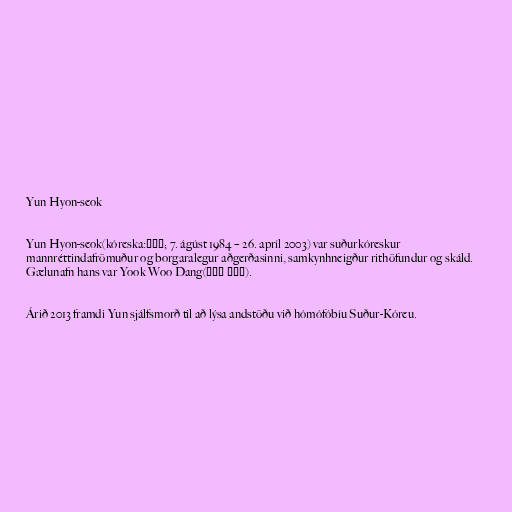
Yun Hyon-seok

Yun Hyon-seok(kóreska:윤현석; 7. ágúst 1984 – 26. apríl 2003) var suðurkóreskur
mannréttindafrömuður og borgaralegur aðgerðasinni, samkynhneigður rithöfundur og skáld.
Gælunafn hans var Yook Woo Dang(육우당 六友堂).

Árið 2013 framdi Yun sjálfsmorð til að lýsa andstöðu við hómófóbíu Suður-Kóreu.